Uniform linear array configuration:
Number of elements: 64
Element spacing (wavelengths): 0.5
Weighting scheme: cosine
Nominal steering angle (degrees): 15
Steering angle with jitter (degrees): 14.106
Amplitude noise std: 0.05
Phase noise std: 0.05

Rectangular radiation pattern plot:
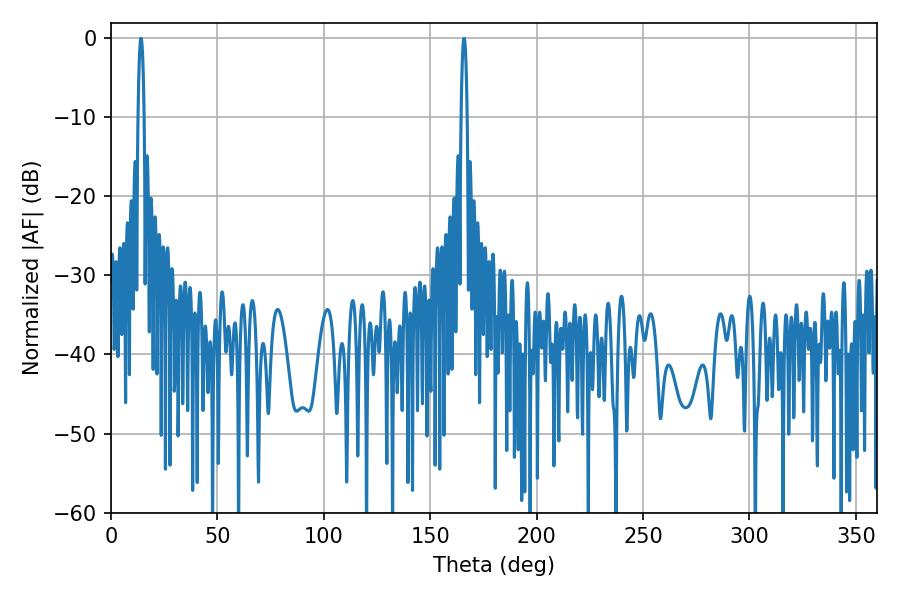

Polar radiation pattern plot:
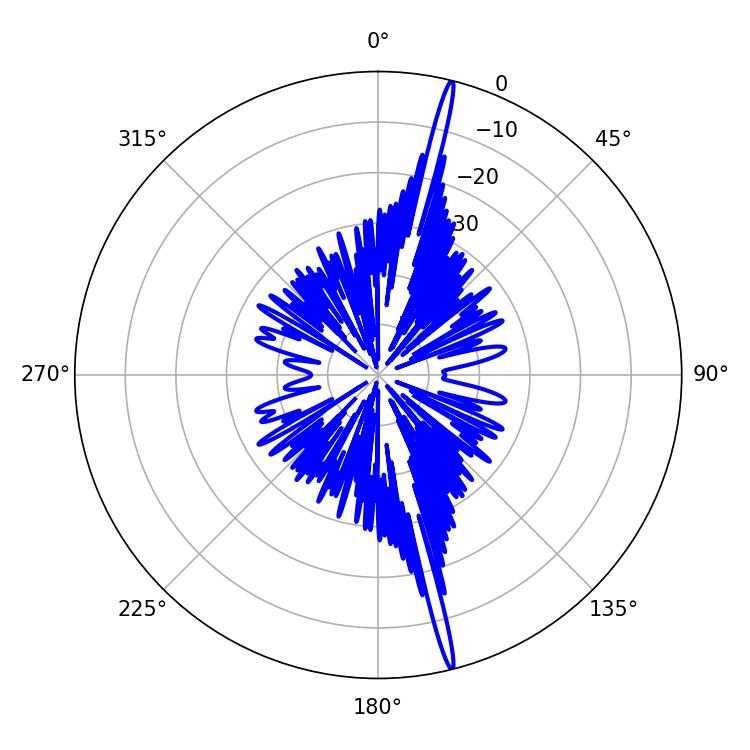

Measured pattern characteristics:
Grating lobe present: FALSE
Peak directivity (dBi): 21.009
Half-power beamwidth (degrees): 1.62
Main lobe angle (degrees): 14.04